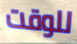
للوقت